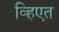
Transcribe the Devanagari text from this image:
व्हिएत